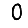
Digit: 0